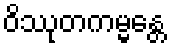
ဝိဿုတကမ္မန္တေ